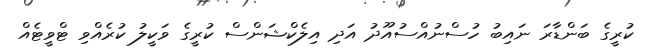
ކުރީގެ ބަންޑާރަ ނައިބު ހުސްނުއްސުއޫދު އަދި އިލެކްޝަންސް ކުރީގެ ވަކީލު ކުރެއްވި ޓްވީޓެއް